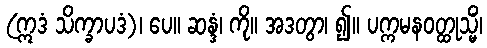
(ဣဒံ သိက္ခာပဒံ)၊ ပေ။ ဆန္ဒံ၊ ကို။ အဒတွာ၊ ၍။ ပက္ကမနဝတ္ထုသ္မိံ၊